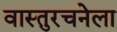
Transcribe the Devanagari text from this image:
वास्तुरचनेला